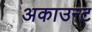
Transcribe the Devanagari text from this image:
अकाउन्ट